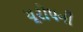
યૂરોપની